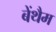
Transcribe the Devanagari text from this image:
बेंथैम